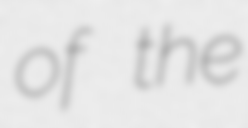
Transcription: of the